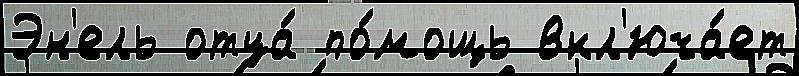
Эн'ель отца́ по́мощь вкл'юча́ет